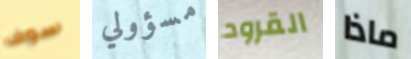
سوف مسؤولي القرود ماذا